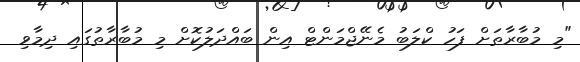
"މި މުބާރާތަށް ފަހު ކްލަބު މެނޭޖްމަންޓް އިން ބައްދަލުކޮށް މި މުބާރާތުގައި ދިމާވި